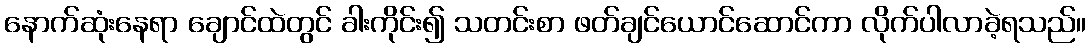
နောက်ဆုံးနေရာ ချောင်ထဲတွင် ခါးကိုင်း၍ သတင်းစာ ဖတ်ချင်ယောင်ဆောင်ကာ လိုက်ပါလာခဲ့ရသည်။